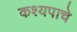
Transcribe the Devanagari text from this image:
कश्यपाचे